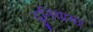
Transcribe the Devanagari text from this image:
दुनियाभऱ